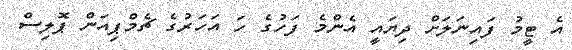
އެ ޓީމު ފައިނަލަށް ދިޔައީ އެންމެ ފަހުގެ ހަ އަހަރުގެ ޗެމްޕިއަން ޕޮލިސް